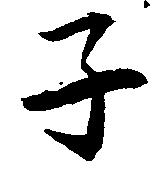
子